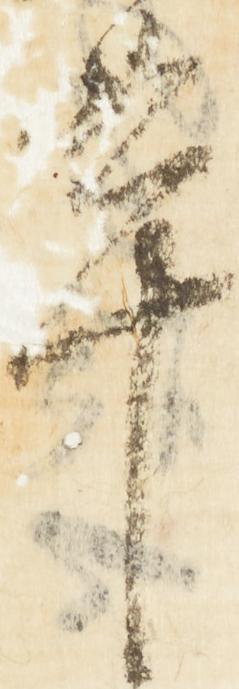
革